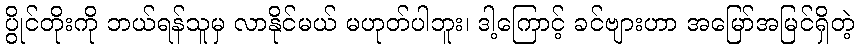
ပွိုင်တိုးကို ဘယ်ရန်သူမှ လာနိုင်မယ် မဟုတ်ပါဘူး၊ ဒါ့ကြောင့် ခင်ဗျားဟာ အမြော်အမြင်ရှိတဲ့